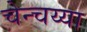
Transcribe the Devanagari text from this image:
चेन्चय्या